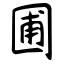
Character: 圃